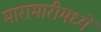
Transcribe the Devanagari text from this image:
मारामारीमध्ये